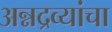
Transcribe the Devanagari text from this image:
अन्नद्रव्यांचा